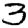
Digit: 3